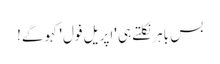
بس باہر نکلتے ہی 'اپریل فول' کہو گے!